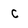
Character: c